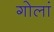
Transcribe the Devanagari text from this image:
गोलां